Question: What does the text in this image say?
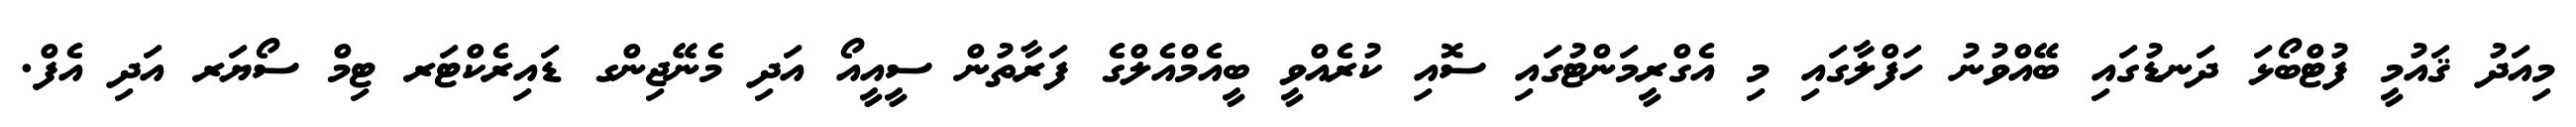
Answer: މިއަދު ޤައުމީ ފުޓްބޯޅަ ދަނޑުގައި ބޭއްވުނު ހަފްލާގައި މި އެގްރީމަންޓުގައި ސޮއި ކުރެއްވީ ބީއެމްއެލްގެ ފަރާތުން ސީއީއޯ އަދި މެނޭޖިންގ ޑައިރެކްޓަރ ޓިމް ސޯޔަރ އަދި އެފް.